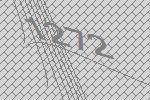
1272